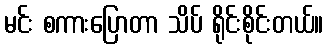
မင်း စကားပြောတာ သိပ် ရိုင်းစိုင်းတယ်။